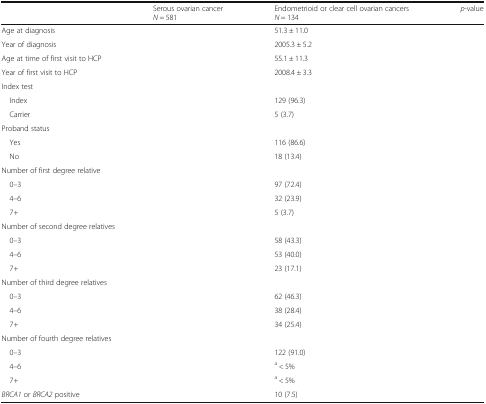
<table><thead><tr><td>[EMPTY_CELL]</td><td><b>Serous ovarian cancer<i>N</i> = 581</b></td><td><b>Endometrioid or clear cell ovarian cancers<i>N</i> = 134</b></td><td><b><i>p</i>-value</b></td></tr></thead><tbody><tr><td>Age at diagnosis</td><td>[EMPTY_CELL]</td><td>51.3 ± 11.0</td><td>[EMPTY_CELL]</td></tr><tr><td>Year of diagnosis</td><td>[EMPTY_CELL]</td><td>2005.3 ± 5.2</td><td>[EMPTY_CELL]</td></tr><tr><td>Age at time of first visit to HCP</td><td>[EMPTY_CELL]</td><td>55.1 ± 11.3</td><td>[EMPTY_CELL]</td></tr><tr><td>Year of first visit to HCP</td><td>[EMPTY_CELL]</td><td>2008.4 ± 3.3</td><td>[EMPTY_CELL]</td></tr><tr><td colspan="4">Index test</td></tr><tr><td> Index</td><td>[EMPTY_CELL]</td><td>129 (96.3)</td><td>[EMPTY_CELL]</td></tr><tr><td> Carrier</td><td>[EMPTY_CELL]</td><td>5 (3.7)</td><td>[EMPTY_CELL]</td></tr><tr><td colspan="4">Proband status</td></tr><tr><td> Yes</td><td>[EMPTY_CELL]</td><td>116 (86.6)</td><td>[EMPTY_CELL]</td></tr><tr><td> No</td><td>[EMPTY_CELL]</td><td>18 (13.4)</td><td>[EMPTY_CELL]</td></tr><tr><td colspan="4">Number of first degree relative</td></tr><tr><td> 0–3</td><td>[EMPTY_CELL]</td><td>97 (72.4)</td><td>[EMPTY_CELL]</td></tr><tr><td> 4–6</td><td>[EMPTY_CELL]</td><td>32 (23.9)</td><td>[EMPTY_CELL]</td></tr><tr><td> 7+</td><td>[EMPTY_CELL]</td><td>5 (3.7)</td><td>[EMPTY_CELL]</td></tr><tr><td colspan="4">Number of second degree relatives</td></tr><tr><td> 0–3</td><td>[EMPTY_CELL]</td><td>58 (43.3)</td><td>[EMPTY_CELL]</td></tr><tr><td> 4–6</td><td>[EMPTY_CELL]</td><td>53 (40.0)</td><td>[EMPTY_CELL]</td></tr><tr><td> 7+</td><td>[EMPTY_CELL]</td><td>23 (17.1)</td><td>[EMPTY_CELL]</td></tr><tr><td colspan="4">Number of third degree relatives</td></tr><tr><td> 0–3</td><td>[EMPTY_CELL]</td><td>62 (46.3)</td><td>[EMPTY_CELL]</td></tr><tr><td> 4–6</td><td>[EMPTY_CELL]</td><td>38 (28.4)</td><td>[EMPTY_CELL]</td></tr><tr><td> 7+</td><td>[EMPTY_CELL]</td><td>34 (25.4)</td><td>[EMPTY_CELL]</td></tr><tr><td colspan="4">Number of fourth degree relatives</td></tr><tr><td> 0–3</td><td>[EMPTY_CELL]</td><td>122 (91.0)</td><td>[EMPTY_CELL]</td></tr><tr><td> 4–6</td><td>[EMPTY_CELL]</td><td><sup>a</sup> &lt; 5%</td><td>[EMPTY_CELL]</td></tr><tr><td> 7+</td><td>[EMPTY_CELL]</td><td><sup>a</sup> &lt; 5%</td><td>[EMPTY_CELL]</td></tr><tr><td><i>BRCA1</i> or <i>BRCA2</i> positive</td><td>[EMPTY_CELL]</td><td>10 (7.5)</td><td>[EMPTY_CELL]</td></tr></tbody></table>